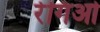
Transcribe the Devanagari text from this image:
रेगिओ